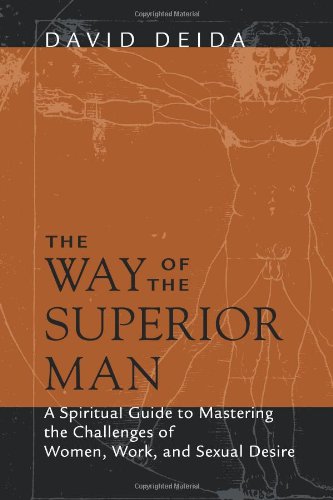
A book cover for The Way of the Superior Man: A Spiritual Guide to Mastering the Challenges of Women, Work, and Sexual Desire; David Deida; Self-Help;